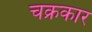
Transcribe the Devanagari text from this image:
चक्रकार